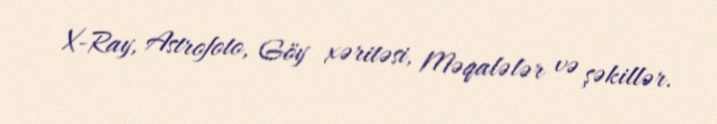
X-Ray, Astrofoto, Göy xəritəsi, Məqalələr və şəkillər.